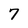
Character: 7